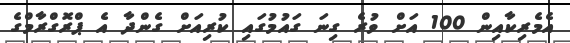
އެމެރިކާއިން 100 އަށް ވުރެ ގިނަ ގައުމުގައި ކުރިއަށް ގެންދާ އެ ޕްރޮގްރާމްގެ